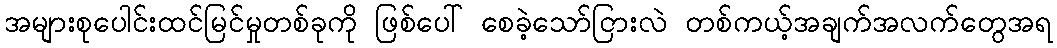
အများစုပေါင်းထင်မြင်မှုတစ်ခုကို ဖြစ်ပေါ် စေခဲ့သော်ငြားလဲ တစ်ကယ့်အချက်အလက်တွေအရ